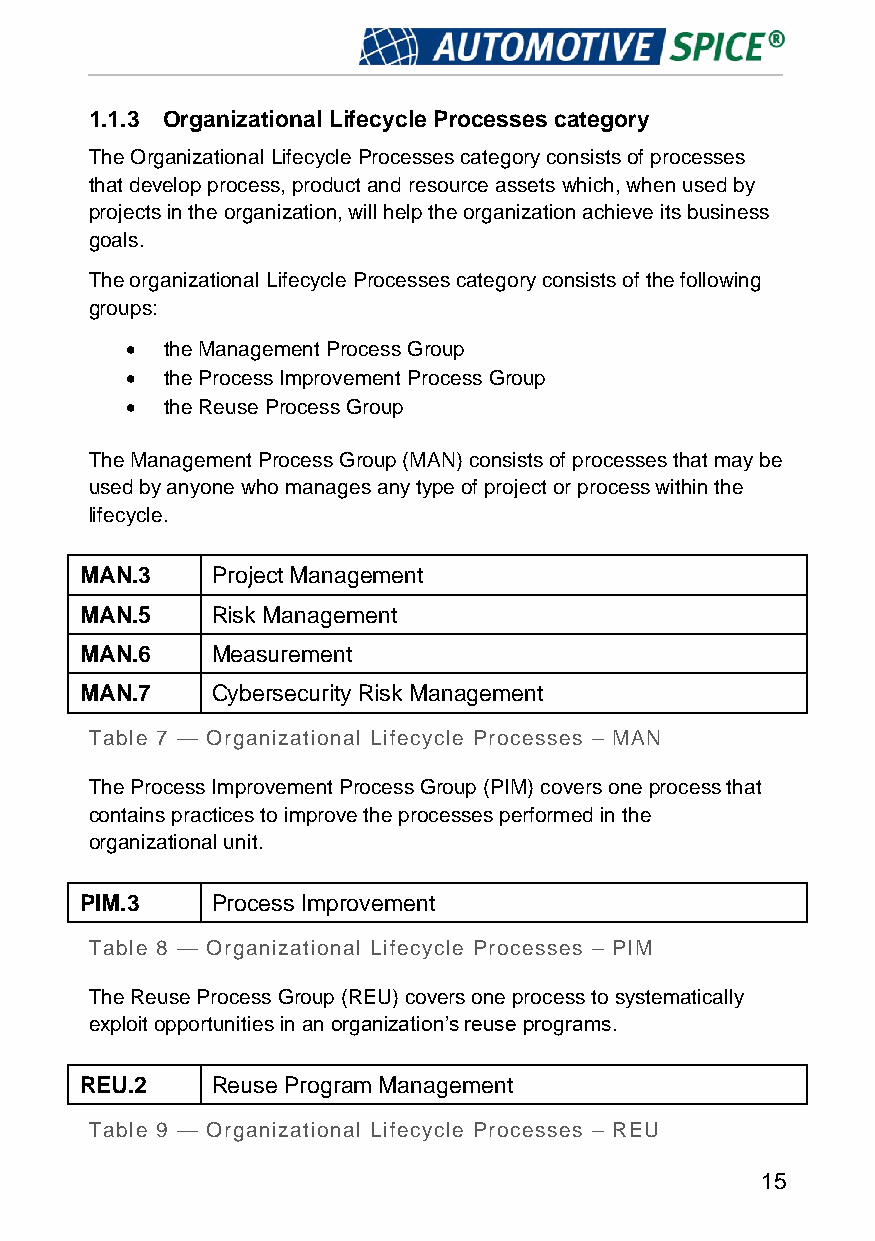
1.1.3 Organizational Lifecycle Processes category
 The Organizational Lifecycle Processes category consists of processes
 that develop process, product and resource assets which, when used by
 projects in the organization, will help the organization achieve its business
 goals.
 The organizational Lifecycle Processes category consists of the following
 groups:
 •  the Management Process Group
 •  the Process Improvement Process Group
 •  the Reuse Process Group
 The Management Process Group (MAN) consists of processes that may be
 used by anyone who manages any type of project or process within the
 lifecycle.
 MAN.3    Project Management
 MAN.5    Risk Management
 MAN.6    Measurement
 MAN.7    Cybersecurity Risk Management
 Table 7 — Organizational Lifecycle Processes – MAN
 The Process Improvement Process Group (PIM) covers one process that
 contains practices to improve the processes performed in the
 organizational unit.
 PIM.3    Process Improvement
 Table 8 — Organizational Lifecycle Processes – PIM
 The Reuse Process Group (REU) covers one process to systematically
 exploit opportunities in an organization’s reuse programs.
 REU.2    Reuse Program Management
 Table 9 — Organizational Lifecycle Processes – REU
 15